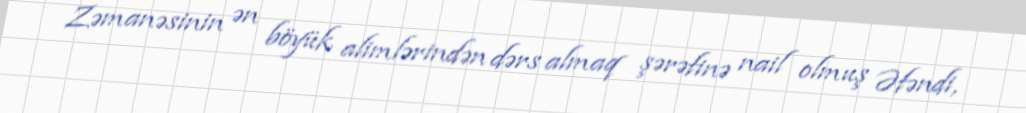
Zəmanəsinin ən böyük alimlərindən dərs almaq şərəfinə nail olmuş Əfəndi,